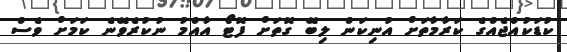
ކުޑަކުއްޖެއްގެ ކަރާމާތަށް އުނިކަން ލިބޭ ގޮތަށް ފޮޓޯ އާއްމު ނުކުރެވޭނެ ކަމަށް ވެސް